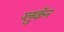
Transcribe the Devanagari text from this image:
ग्लुकॅन